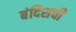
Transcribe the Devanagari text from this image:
बंदिशची